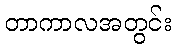
တာကာလအတွင်း